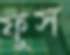
ফুস